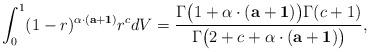
LaTeX: \begin{align*}\int_{0}^{1}(1-r)^{\alpha\cdot(\mathbf a+\mathbf 1)}r^{c}dV=\frac{\Gamma\big(1+\alpha\cdot(\mathbf a+\mathbf 1)\big)\Gamma(c+1)}{\Gamma\big(2+c+\alpha\cdot(\mathbf a+\mathbf 1)\big)},\end{align*}